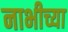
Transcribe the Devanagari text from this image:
नाभीच्या